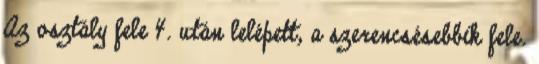
Az osztály fele 4. után lelépett, a szerencsésebbik fele.